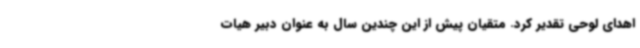
اهدای لوحی تقدیر کرد. متقیان پیش از این چندین سال به عنوان دبیر هیات